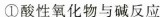
①酸性氧化物与碱反应